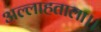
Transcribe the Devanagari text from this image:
अल्लाहताला।।